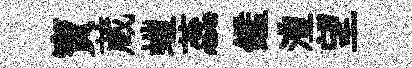
寶蔵螘蕊鑑澧望